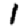
Digit: 1